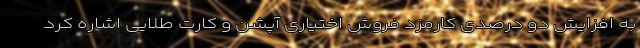
به افزایش دو درصدی کارمزد فروش اختیاری آپشن و کارت طلایی اشاره کرد